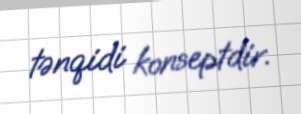
tənqidi konseptdir.